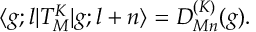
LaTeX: \langle g ; l | T _ { M } ^ { K } | g ; l + n \rangle = D _ { M n } ^ { ( K ) } ( g ) .